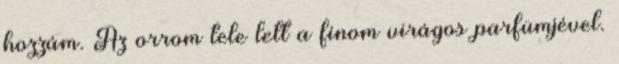
hozzám. Az orrom tele lett a finom virágos parfümjével.